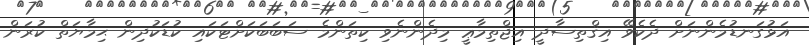
އަޅުގަނޑުމެންނަށް ދެކެވޭ އިޤްތިސާދީ އިޖްތިމާޢީ މިދެންނެވި ކިތަންމެ ސަބަބަކަށްޓަކައި ކުޑަކުދިން ޙިމާޔަތް ކުރަން